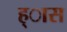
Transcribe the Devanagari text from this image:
ह्ास